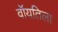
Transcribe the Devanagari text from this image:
वॉयतिला